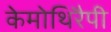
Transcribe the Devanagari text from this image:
केमोथिरैपी